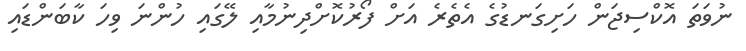
ނުވަތަ އޮކްސިޖަން ހަށިގަނޑުގެ އެތެރެ އަށް ފޯރުކޮށްދިނުމާއި ލޭގައި ހުންނަ ވިހަ ކާބަންޑައި